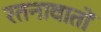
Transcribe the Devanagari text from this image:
रतनावातों